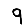
Digit: 9